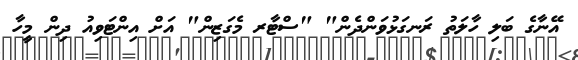
އޭނާގެ ބަލި ހާލަތު ރަނގަޅުވަންދެން" "ސްޓާރ މެގަޒިން" އަށް އިންޓަވިއު ދިން މީހާ